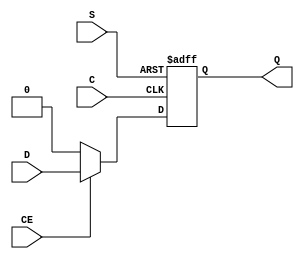
`timescale 1ns / 1ps
//////////////////////////////////////////////////////////////////////////////////
// Company: 
// Engineer: 
// 
// Design Name: 
// Module Name: FDSE
// Project Name: 
// Target Devices: 
// Tool Versions: 
// Description: 
// 
// Dependencies: 
// 
// Revision:
// Revision 0.01 - File Created
// Additional Comments:
// 
//////////////////////////////////////////////////////////////////////////////////


module FDSE(D,CE,C,S,Q);
    input D;
    input CE;
    input C;
    input S;
    output reg Q;
    
    always @ ( posedge C or posedge S )
    begin
	if (S)
		Q <= 1;
	else if (CE)
		Q <= D;
	else
	    Q <= 0;
	end
endmodule